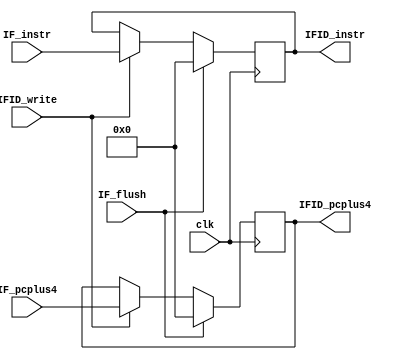
`timescale 1ns / 1ps

module IF_ID(IFID_pcplus4, IFID_instr, IF_pcplus4, IF_instr, IF_flush, IFID_write, clk);
    parameter word = 32;

    input   [word - 1:0]  IF_pcplus4,     IF_instr;
    input                 IF_flush,       IFID_write,   clk;
    output  [word - 1:0]  IFID_pcplus4,   IFID_instr;
    
    reg     [word - 1:0]  IFID_pcplus4,   IFID_instr;

    initial begin
        IFID_instr   <= 0;
        IFID_pcplus4 <= 0;
    end

    always @(posedge clk) begin
        if (IF_flush) begin
            IFID_pcplus4 <= 0;
            IFID_instr   <= 0;
        end
        else if (IFID_write) begin
            IFID_pcplus4 <= IF_pcplus4;
            IFID_instr   <= IF_instr;
        end 
    end
endmodule